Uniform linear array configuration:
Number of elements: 64
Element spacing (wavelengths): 0.75
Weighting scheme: hann
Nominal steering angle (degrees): -60
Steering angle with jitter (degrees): -59.459
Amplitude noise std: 0.05
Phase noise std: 0.05

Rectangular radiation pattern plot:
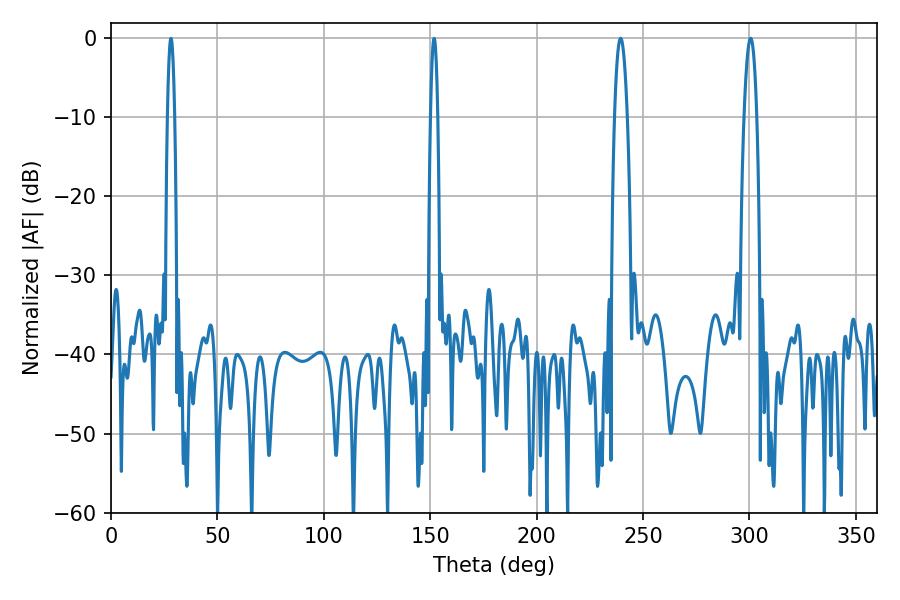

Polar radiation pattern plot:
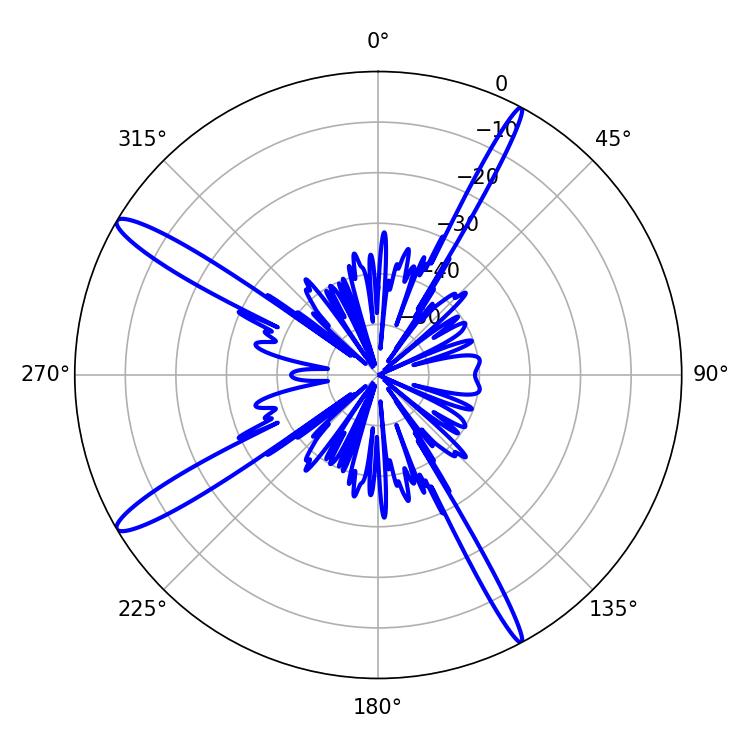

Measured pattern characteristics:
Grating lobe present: TRUE
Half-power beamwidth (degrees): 3.42
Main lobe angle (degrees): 239.4